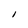
Character: I